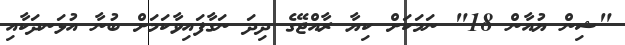
"ޝިން ޔުއާން 18" ނަމަކަށް ކިޔާ ރާއްޖޭގެ ދިދަ ނަގާފައިވާކަމަށް ބުނާ އުޅަނދަކާއި